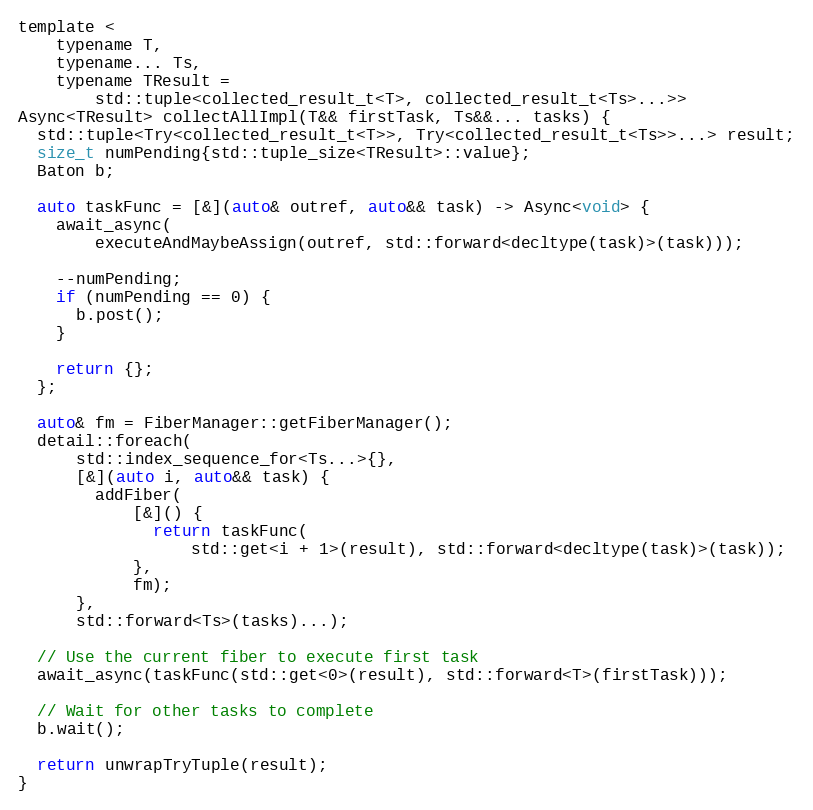
Language: C
template <
    typename T,
    typename... Ts,
    typename TResult =
        std::tuple<collected_result_t<T>, collected_result_t<Ts>...>>
Async<TResult> collectAllImpl(T&& firstTask, Ts&&... tasks) {
  std::tuple<Try<collected_result_t<T>>, Try<collected_result_t<Ts>>...> result;
  size_t numPending{std::tuple_size<TResult>::value};
  Baton b;

  auto taskFunc = [&](auto& outref, auto&& task) -> Async<void> {
    await_async(
        executeAndMaybeAssign(outref, std::forward<decltype(task)>(task)));

    --numPending;
    if (numPending == 0) {
      b.post();
    }

    return {};
  };

  auto& fm = FiberManager::getFiberManager();
  detail::foreach(
      std::index_sequence_for<Ts...>{},
      [&](auto i, auto&& task) {
        addFiber(
            [&]() {
              return taskFunc(
                  std::get<i + 1>(result), std::forward<decltype(task)>(task));
            },
            fm);
      },
      std::forward<Ts>(tasks)...);

  // Use the current fiber to execute first task
  await_async(taskFunc(std::get<0>(result), std::forward<T>(firstTask)));

  // Wait for other tasks to complete
  b.wait();

  return unwrapTryTuple(result);
}